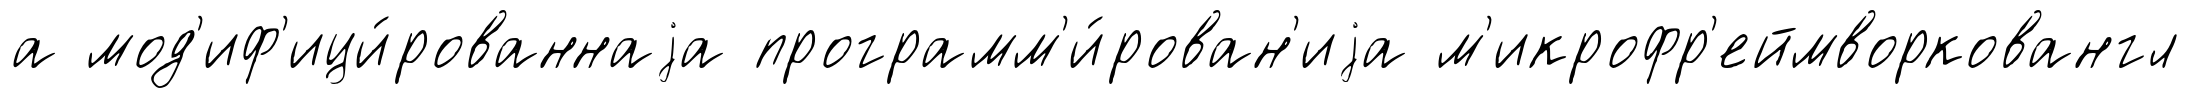
а мод'иф'ици́рованнаjа программ'и́рован'иjа м'икрофр'еймворковангл